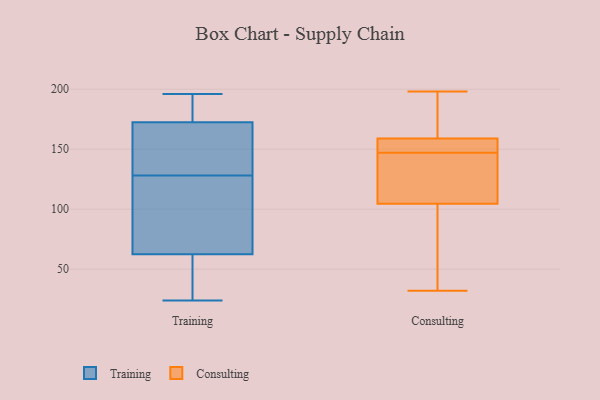
{"axis": {"x": "Satisfaction Score", "y": "Value"}, "legend": ["Consulting", "Training"], "data": [{"x": "", "y": 159, "type": "Training"}, {"x": "", "y": 88, "type": "Training"}, {"x": "", "y": 31, "type": "Training"}, {"x": "", "y": 54, "type": "Training"}, {"x": "", "y": 128, "type": "Training"}, {"x": "", "y": 123, "type": "Training"}, {"x": "", "y": 191, "type": "Training"}, {"x": "", "y": 139, "type": "Training"}, {"x": "", "y": 189, "type": "Training"}, {"x": "", "y": 177, "type": "Training"}, {"x": "", "y": 123, "type": "Training"}, {"x": "", "y": 196, "type": "Training"}, {"x": "", "y": 133, "type": "Training"}, {"x": "", "y": 24, "type": "Training"}, {"x": "", "y": 43, "type": "Training"}, {"x": "", "y": 94, "type": "Consulting"}, {"x": "", "y": 140, "type": "Consulting"}, {"x": "", "y": 42, "type": "Consulting"}, {"x": "", "y": 32, "type": "Consulting"}, {"x": "", "y": 198, "type": "Consulting"}, {"x": "", "y": 190, "type": "Consulting"}, {"x": "", "y": 120, "type": "Consulting"}, {"x": "", "y": 147, "type": "Consulting"}, {"x": "", "y": 149, "type": "Consulting"}, {"x": "", "y": 147, "type": "Consulting"}, {"x": "", "y": 189, "type": "Consulting"}, {"x": "", "y": 108, "type": "Consulting"}, {"x": "", "y": 148, "type": "Consulting"}]}